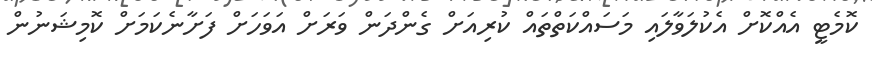
ކޮމެޓީ އެއްކޮށް އެކުލަވާލައި މަސައްކަތްތައް ކުރިއަށް ގެންދަން ވަރަށް އަވަހަށް ފަށާނެކަމަށް ކޮމިޝަނުން